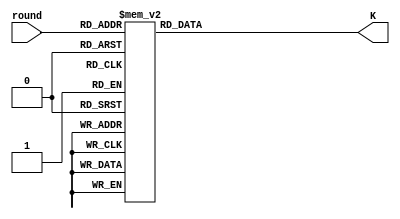
module sha256_k_constants(
                          input wire  [5 : 0] round,
                          output wire [31 : 0] K
                         );

  //----------------------------------------------------------------
  // Wires.
  //----------------------------------------------------------------
  reg [31 : 0] tmp_K;


  //----------------------------------------------------------------
  // Concurrent connectivity for ports etc.
  //----------------------------------------------------------------
  assign K = tmp_K;


  //----------------------------------------------------------------
  // round_mux
  //----------------------------------------------------------------
  always @*
    begin : round_mux
      case(round)
        00: tmp_K = 32'h428a2f98;
        01: tmp_K = 32'h71374491;
        02: tmp_K = 32'hb5c0fbcf;
        03: tmp_K = 32'he9b5dba5;
        04: tmp_K = 32'h3956c25b;
        05: tmp_K = 32'h59f111f1;
        06: tmp_K = 32'h923f82a4;
        07: tmp_K = 32'hab1c5ed5;
        08: tmp_K = 32'hd807aa98;
        09: tmp_K = 32'h12835b01;
        10: tmp_K = 32'h243185be;
        11: tmp_K = 32'h550c7dc3;
        12: tmp_K = 32'h72be5d74;
        13: tmp_K = 32'h80deb1fe;
        14: tmp_K = 32'h9bdc06a7;
        15: tmp_K = 32'hc19bf174;
        16: tmp_K = 32'he49b69c1;
        17: tmp_K = 32'hefbe4786;
        18: tmp_K = 32'h0fc19dc6;
        19: tmp_K = 32'h240ca1cc;
        20: tmp_K = 32'h2de92c6f;
        21: tmp_K = 32'h4a7484aa;
        22: tmp_K = 32'h5cb0a9dc;
        23: tmp_K = 32'h76f988da;
        24: tmp_K = 32'h983e5152;
        25: tmp_K = 32'ha831c66d;
        26: tmp_K = 32'hb00327c8;
        27: tmp_K = 32'hbf597fc7;
        28: tmp_K = 32'hc6e00bf3;
        29: tmp_K = 32'hd5a79147;
        30: tmp_K = 32'h06ca6351;
        31: tmp_K = 32'h14292967;
        32: tmp_K = 32'h27b70a85;
        33: tmp_K = 32'h2e1b2138;
        34: tmp_K = 32'h4d2c6dfc;
        35: tmp_K = 32'h53380d13;
        36: tmp_K = 32'h650a7354;
        37: tmp_K = 32'h766a0abb;
        38: tmp_K = 32'h81c2c92e;
        39: tmp_K = 32'h92722c85;
        40: tmp_K = 32'ha2bfe8a1;
        41: tmp_K = 32'ha81a664b;
        42: tmp_K = 32'hc24b8b70;
        43: tmp_K = 32'hc76c51a3;
        44: tmp_K = 32'hd192e819;
        45: tmp_K = 32'hd6990624;
        46: tmp_K = 32'hf40e3585;
        47: tmp_K = 32'h106aa070;
        48: tmp_K = 32'h19a4c116;
        49: tmp_K = 32'h1e376c08;
        50: tmp_K = 32'h2748774c;
        51: tmp_K = 32'h34b0bcb5;
        52: tmp_K = 32'h391c0cb3;
        53: tmp_K = 32'h4ed8aa4a;
        54: tmp_K = 32'h5b9cca4f;
        55: tmp_K = 32'h682e6ff3;
        56: tmp_K = 32'h748f82ee;
        57: tmp_K = 32'h78a5636f;
        58: tmp_K = 32'h84c87814;
        59: tmp_K = 32'h8cc70208;
        60: tmp_K = 32'h90befffa;
        61: tmp_K = 32'ha4506ceb;
        62: tmp_K = 32'hbef9a3f7;
        63: tmp_K = 32'hc67178f2;
      endcase // case (round)
    end // block: round_mux
endmodule